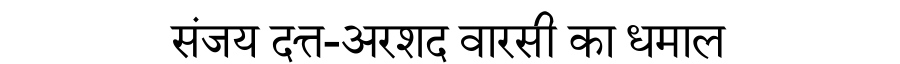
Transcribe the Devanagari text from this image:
संजय दत्त-अरशद वारसी का धमाल